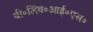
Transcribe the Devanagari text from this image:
बी॰लिव॰आई॰एस॰